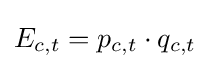
E_{c,t}=p_{c,t}\cdot q_{c,t}